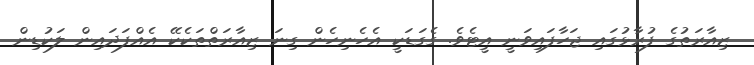
ޒިއާރަތުގެ ފުރާޅުގައި ޖަހާފައިވަނީ އީޓެވެ. ގެގަޑަކީ އެހެނިހެން ގިނަ ޒިއާރަތްތަކެކޭ އެއްފަދައިން ލަކުޑިން